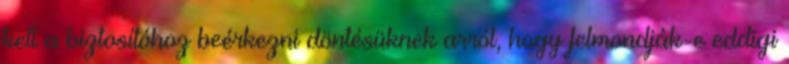
kell a biztosítóhoz beérkezni döntésüknek arról, hogy felmondják-e eddigi